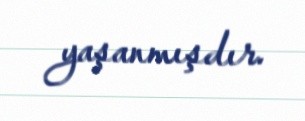
yaşanmışdır.